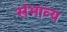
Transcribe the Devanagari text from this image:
संभाव्‍य